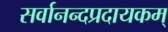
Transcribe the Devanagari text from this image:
सर्वानन्दप्रदायकम्